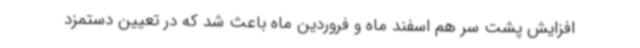
افزایش پشت سر هم اسفند ماه و فروردین ماه باعث شد که در تعیین دستمزد